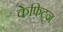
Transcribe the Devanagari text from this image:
केफिट्ज़